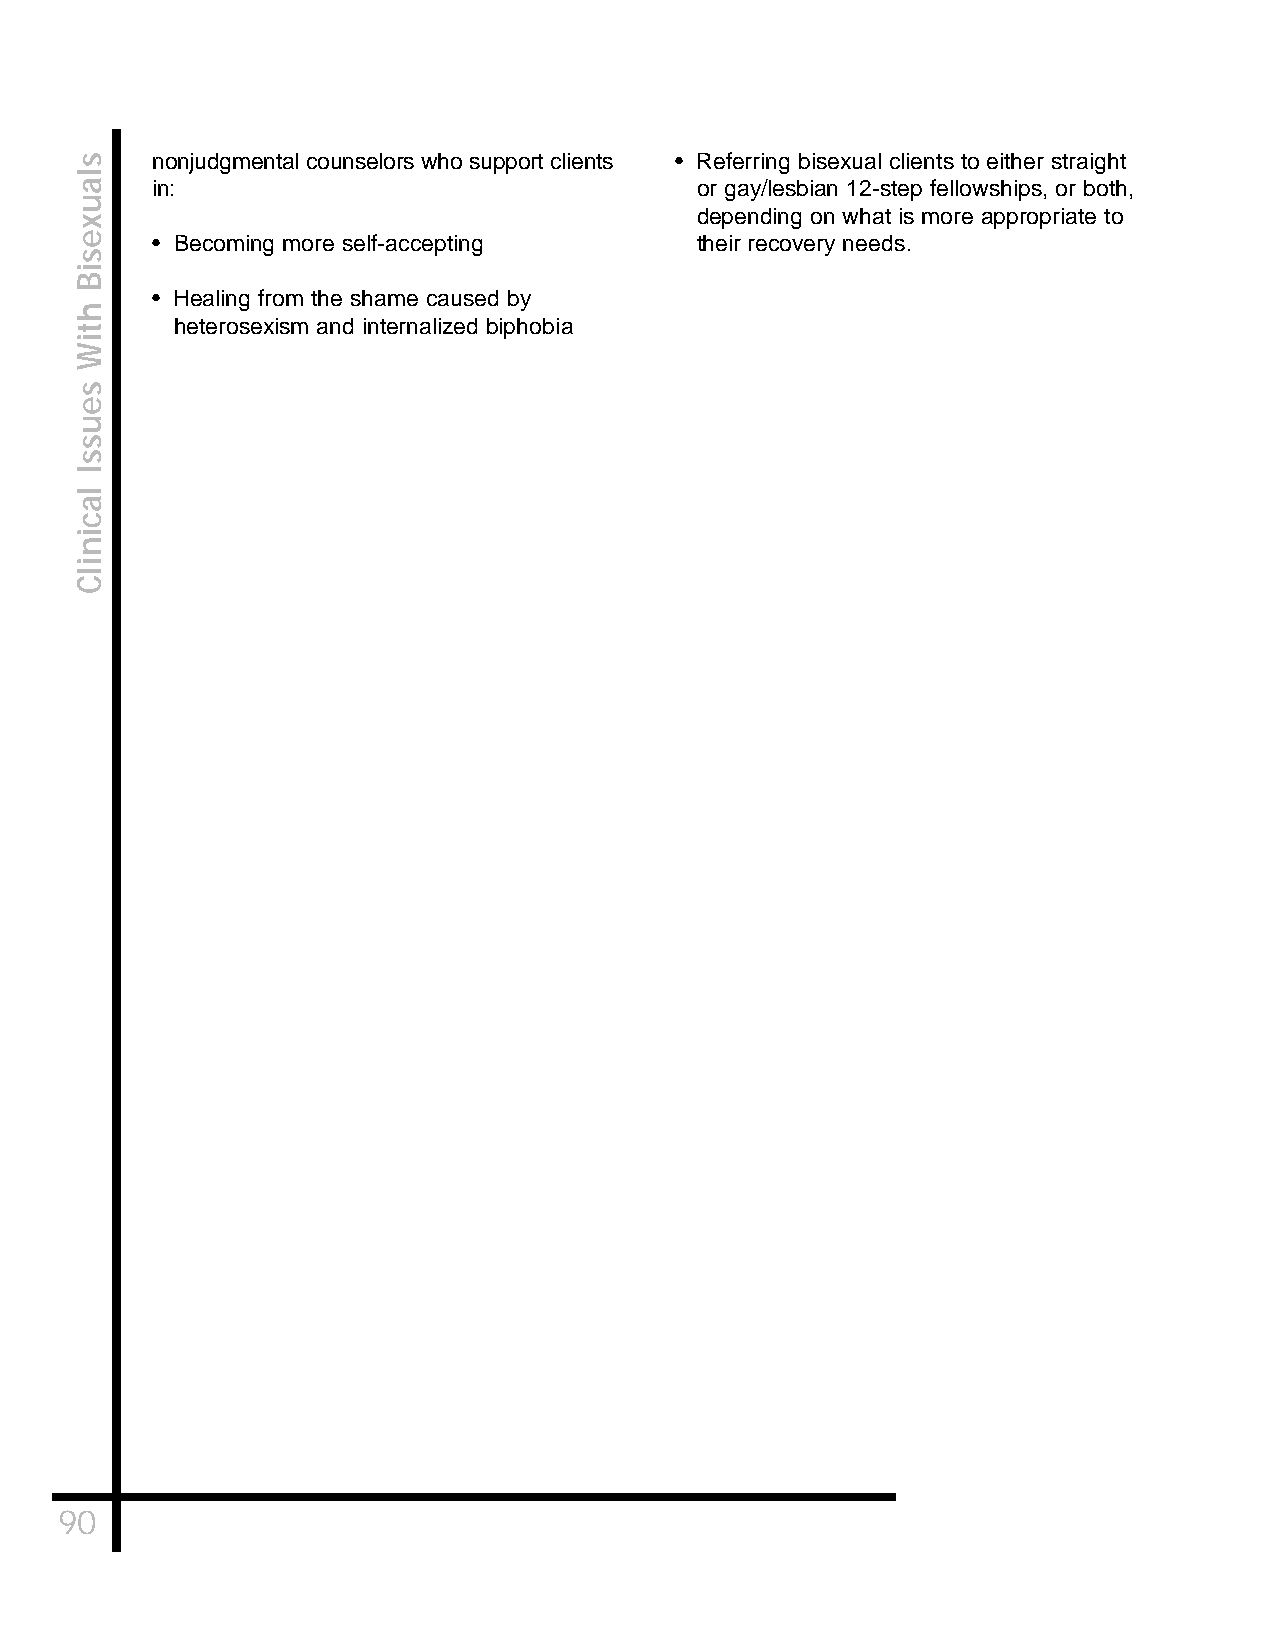
nonjudgmental counselors who support clients • Referring bisexual clients to either straight
 in:                                 or gay/lesbian 12-step fellowships, or both,
 depending on what is more appropriate to
 • Becoming more self-accepting      their recovery needs.
 • Healing from the shame caused by
 heterosexism and internalized biphobia
 90
 slauxesiB
 htiW
 seussI
 lacinilC